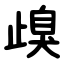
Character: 㱗